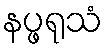
နပ္ဖရုသံ